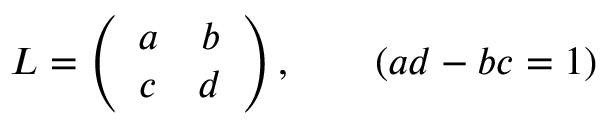
L = \left( \begin{array} { c c } { { a } } & { { b } } \\ { { c } } & { { d } } \end{array} \right) , ~ ~ ~ ~ ~ ~ ( a d - b c = 1 )